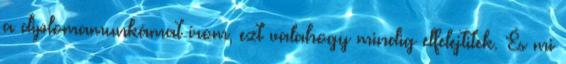
a diplomamunkámat írom, ezt valahogy mindig elfelejtitek. És mi